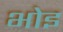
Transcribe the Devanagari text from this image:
भोइ